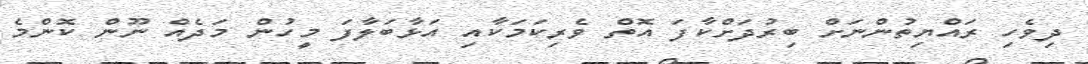
ދިވެހި ރައްޔިތުންނަށް ބިރުދަށްކާފަ އޮތް ވެރިކަމަކާއި އަޅާބަލާފަ މީހުން މަދެއް ނޫން ކޮންމެ